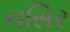
નસિર